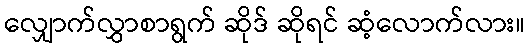
လျှောက်လွှာစာရွက် ဆိုဒ် ဆိုရင် ဆံ့လောက်လား။